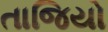
તાજિયો